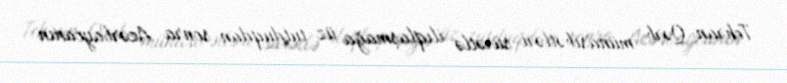
Tehran-Qərb münasibətləri sürətlə ilıqlaşmağa üz tutduqdan sonra Azərbaycanın